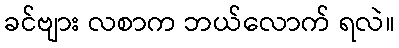
ခင်ဗျား လစာက ဘယ်လောက် ရလဲ။